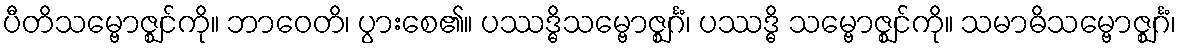
ပီတိသမ္ဗောဇ္ဈင်ကို။ ဘာဝေတိ၊ ပွားစေ၏။ ပဿဒ္ဓိသမ္ဗောဇ္ဈင်္ဂံ၊ ပဿဒ္ဓိ သမ္ဗောဇ္ဈင်ကို။ သမာဓိသမ္ဗောဇ္ဈင်္ဂံ၊